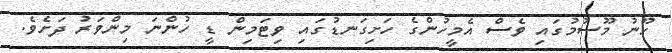
ހޫނު މޫސުމުގައި ވެސް އެމީހުންގެ ހަށިގަނޑުގައި ވިޓަމިން ޑީ ހުންނަ މިންވަރު ދަށެވެ.